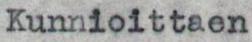
Kunnioittaen